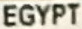
EGYPT